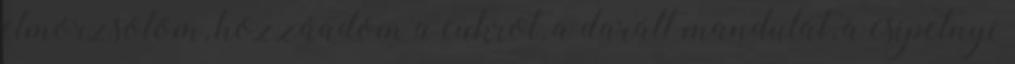
elmorzsolom, hozzáadom a cukrot, a darált mandulát, a csipetnyi